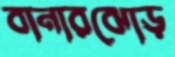
বানারঝোড়